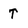
Character: T